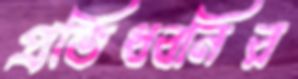
প্রতিধ্বনির